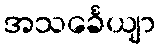
အသင်္ခေယျာ